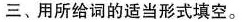
三、用所给词的适当形式填空.